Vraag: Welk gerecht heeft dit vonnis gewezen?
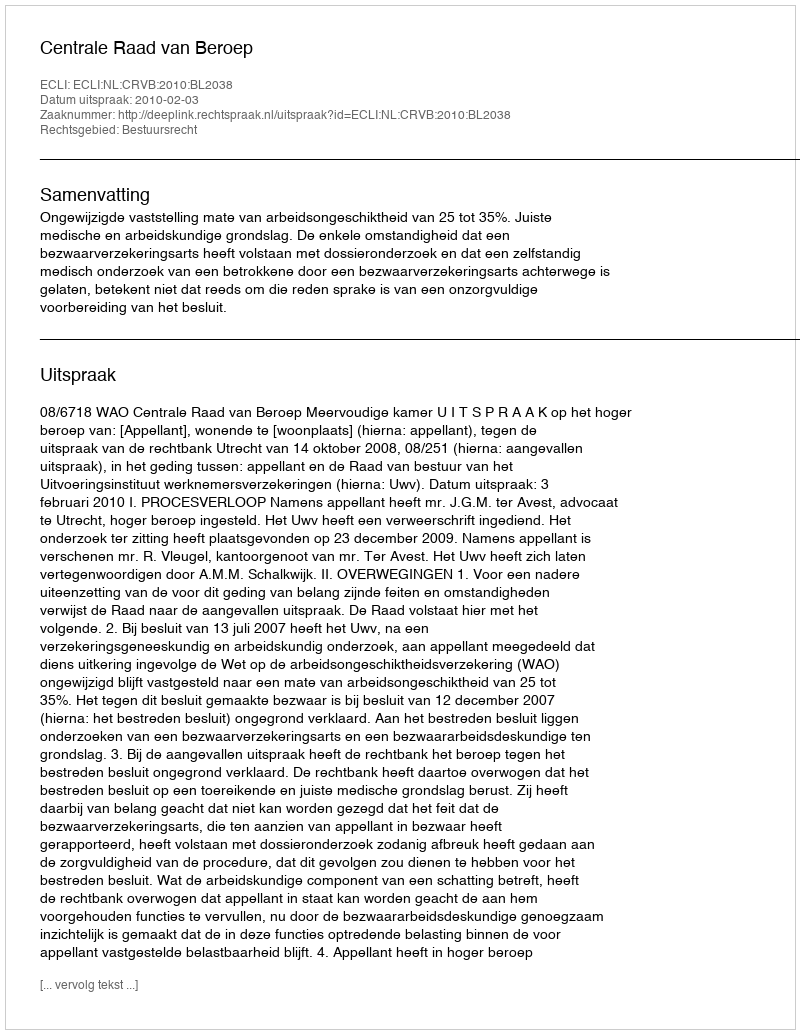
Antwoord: Centrale Raad van Beroep